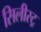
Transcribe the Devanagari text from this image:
सिलीस्ट्र